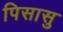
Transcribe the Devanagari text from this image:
पिसासु